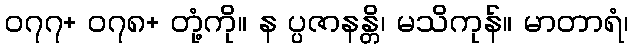
၀၇၇+ ၀၇၈+ တုံ့ကို။ န ပ္ပဇာနန္တိ၊ မသိကုန်။ မာတာရံ၊